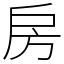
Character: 房